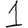
Digit: 1